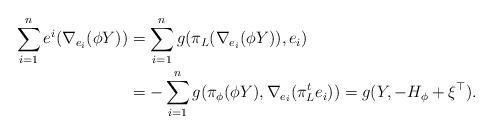
LaTeX: \begin{align*}\sum_{i=1}^{n} e^{i} (\nabla_{e_{i}} (\phi Y))&=\sum_{i=1}^{n} g(\pi_{L} (\nabla_{e_{i}} (\phi Y)), e_{i}) \\&=-\sum_{i=1}^{n} g( \pi_{\phi} (\phi Y), \nabla_{e_{i}} (\pi^{t}_{L} e_{i})) =g (Y, -H_{\phi} + \xi^{\top}).\end{align*}